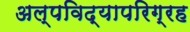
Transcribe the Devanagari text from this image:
अल्पविद्यापरिग्रह